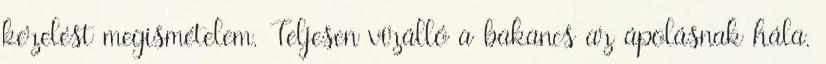
kezelést megismételem. Teljesen vízálló a bakancs az ápolásnak hála.